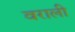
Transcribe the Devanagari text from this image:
वराली